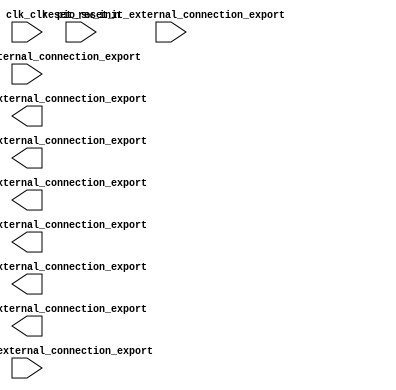

module unsaved (
	clk_clk,
	reset_reset_n,
	pio_display_0_external_connection_export,
	pio_display_1_external_connection_export,
	pio_display_2_external_connection_export,
	pio_display_4_external_connection_export,
	pio_display_5_external_connection_export,
	pio_display_3_external_connection_export,
	pio_sw_selector_external_connection_export,
	pio_sw_init_external_connection_export,
	pio_sw_stop_external_connection_export);	

	input		clk_clk;
	input		reset_reset_n;
	output	[7:0]	pio_display_0_external_connection_export;
	output	[7:0]	pio_display_1_external_connection_export;
	output	[7:0]	pio_display_2_external_connection_export;
	output	[7:0]	pio_display_4_external_connection_export;
	output	[7:0]	pio_display_5_external_connection_export;
	output	[7:0]	pio_display_3_external_connection_export;
	input	[1:0]	pio_sw_selector_external_connection_export;
	input		pio_sw_init_external_connection_export;
	input		pio_sw_stop_external_connection_export;
endmodule